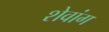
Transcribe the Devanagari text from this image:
शेवांग